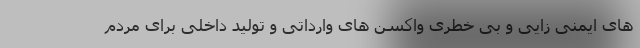
های ایمنی زایی و بی خطری واکسن های وارداتی و تولید داخلی برای مردم